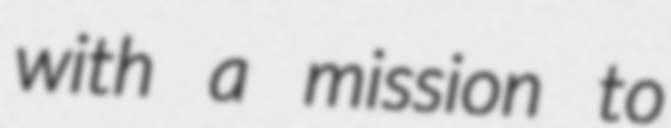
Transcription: with a mission to